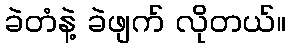
ခဲတံနဲ့ ခဲဖျက် လိုတယ်။